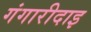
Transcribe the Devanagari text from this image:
गंगारीदाइ